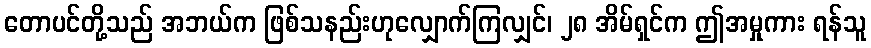
တောပင်တို့သည် အဘယ်က ဖြစ်သနည်းဟုလျှောက်ကြလျှင်၊ ၂၈ အိမ်ရှင်က ဤအမှုကား ရန်သူ